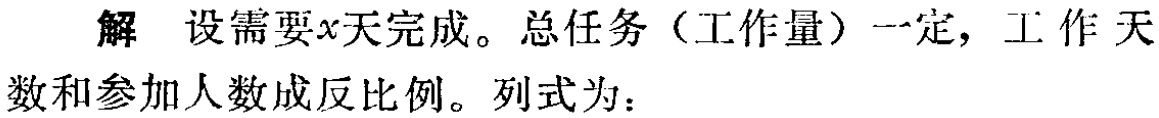
解 设需要\(x\)天完成。总任务（工作量）一定，工作天数和参加人数成反比例。列式为：